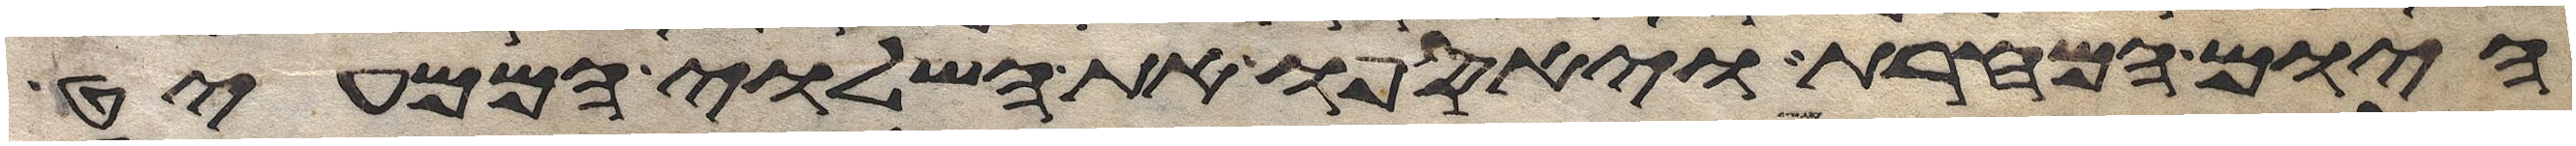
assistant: היום המחרת ויאספו את השלוי הממעיט